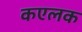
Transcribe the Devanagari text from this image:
कएलक